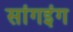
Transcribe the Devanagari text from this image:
सांगइंग